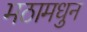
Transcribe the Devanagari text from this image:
मठामधुन